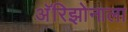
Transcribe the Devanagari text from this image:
अॅरिझोनाला